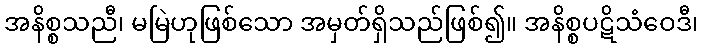
အနိစ္စသညီ၊ မမြဲဟုဖြစ်သော အမှတ်ရှိသည်ဖြစ်၍။ အနိစ္စပဋိသံဝေဒီ၊